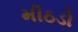
મીઠડો